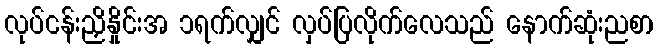
လုပ်ငန်းညှိနှိုင်းအ ၁ရက်လျှင် လှပ်ပြလိုက်လေသည် နောက်ဆုံးညစာ